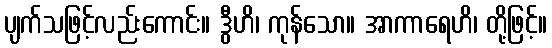
ပျက်သဖြင့်လည်းကောင်း။ ဒွီဟိ၊ ကုန်သော။ အာကာရေဟိ၊ တို့ဖြင့်။